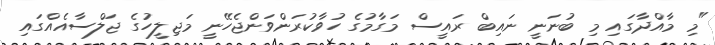
"މި މާއްދާގައި މި ބުނަނީ ނައިބް ރައީސް މަގާމުގެ ހުވާކުރަންވަންޖެހޭނީ މަޖިލީހުގެ ޖަލްސާއެއްގައި